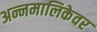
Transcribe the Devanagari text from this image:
अन्नमालिकेवर